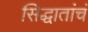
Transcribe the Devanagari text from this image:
सिद्धातांचं